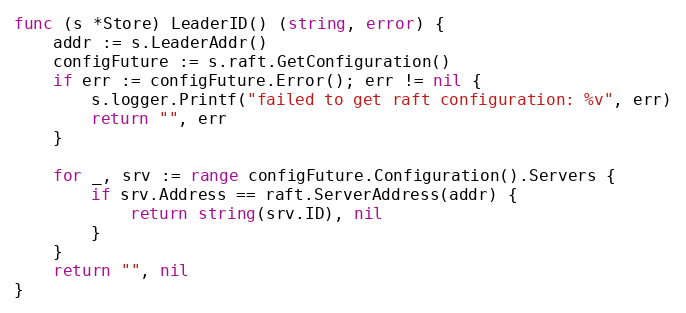
Language: Go
func (s *Store) LeaderID() (string, error) {
	addr := s.LeaderAddr()
	configFuture := s.raft.GetConfiguration()
	if err := configFuture.Error(); err != nil {
		s.logger.Printf("failed to get raft configuration: %v", err)
		return "", err
	}

	for _, srv := range configFuture.Configuration().Servers {
		if srv.Address == raft.ServerAddress(addr) {
			return string(srv.ID), nil
		}
	}
	return "", nil
}